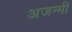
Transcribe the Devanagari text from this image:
अजन्मी